Indian Medical Review
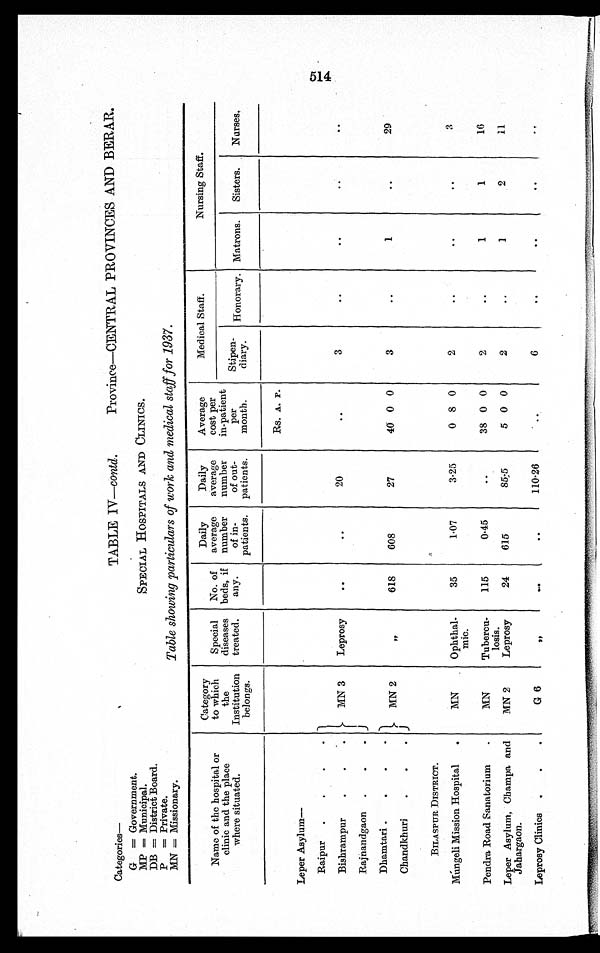
Categories
—
G = Government.
MP = Municipal.
DB = District Board.
P = Private.
MN = Missionary.
TABLE IV— contd. Province—CENTRAL PROVINCES AND BERAR.
SPECIAL HOSPITALS AND CLINICS.
Table showing particulars of work and medical staff for 1937.
Name of the hospital or
clinic and the place
where situated.
Category
to which
the
Institution
belongs.
Special
diseases
treated.
No. of
beds, if
any.
Daily
average
number
of in-
patients.
Daily
average
number
of out-
patients.
Average
cost per
in-patient
per
month.
Medical Staff.
Nursing Staff.
Stinen-
diary. Honorary. Matrons.
Sisters.
Nurses.
Rs. A. P.
Leper Asylum
—
Raipur
MN 3
Leprosy
..
..
20
..
3
..
..
..
..
Bishrampur
Rajnandgaon
Dhamtari
MN 2
"
618
608
27
40 0 0
3
..
1
..
29
Chandkhuri
BILASPUR DISTRICT.
Mungeli Mission Hospital
MN
Ophthal-
mic.
35
1.07
3.25
0 8 0
2
..
..
..
3
Pendra Road Sanatorium
MN
Tubercu-
losis.
115
0.4
..
38 0 0
2
..
1
1
16
Leper Asylum, Champa and
Jahargaon.
MN 2
Leprosy
24
615
85.5
5 0 0
2
..
1
2
11
Leprosy Clinics
G 6
"
..
..
110.2
..
6
..
..
..
..